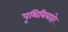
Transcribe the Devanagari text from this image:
पृथिबिबाहरे